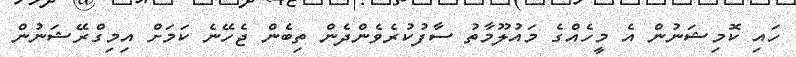
ހައި ކޮމިޝަނުން އެ މީހެއްގެ މައުލޫމާތު ސާފުކުރެވެންދެން ތިބެން ޖެހޭނެ ކަމަށް އިމިގްރޭޝަނުން